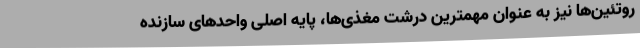
روتئین‌ها نیز به عنوان مهمترین درشت مغذی‌ها، پایه اصلی واحدهای سازنده